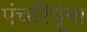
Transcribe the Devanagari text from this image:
पंचरिपूंना